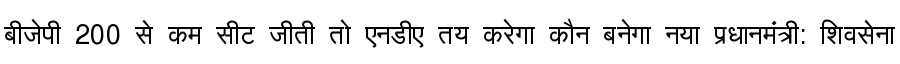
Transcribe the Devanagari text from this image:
बीजेपी 200 से कम सीट जीती तो एनडीए तय करेगा कौन बनेगा नया प्रधानमंत्री: शिवसेना